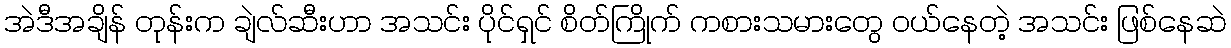
အဲဒီအချိန် တုန်းက ချဲလ်ဆီးဟာ အသင်း ပိုင်ရှင် စိတ်ကြိုက် ကစားသမားတွေ ၀ယ်နေတဲ့ အသင်း ဖြစ်နေဆဲ